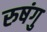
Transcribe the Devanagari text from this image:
रुषंगु